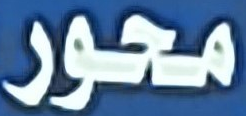
محور